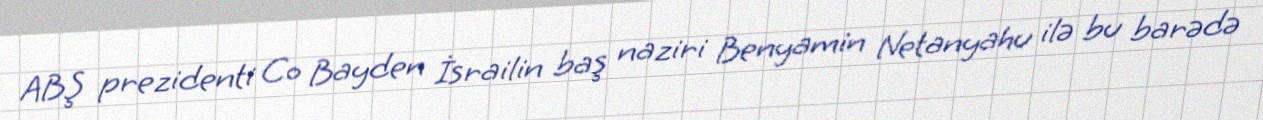
ABŞ prezidenti Co Bayden İsrailin baş naziri Benyamin Netanyahu ilə bu barədə